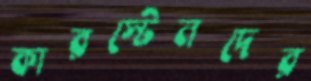
কারস্টেনদের